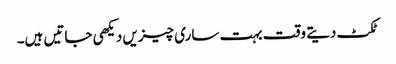
ٹکٹ دیتے وقت بہت ساری چیزیں دیکھی جاتیں ہیں۔